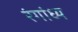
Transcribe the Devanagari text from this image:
रंगांध्य